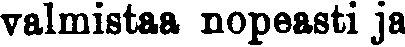
valmistaa nopeasti ja